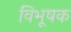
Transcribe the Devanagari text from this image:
विभूषक